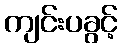
ကျင်းပခွင့်